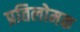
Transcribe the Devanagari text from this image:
प्रतिलोमक